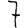
Digit: 7